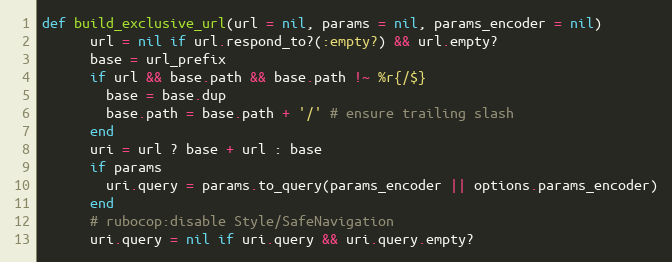
Language: Ruby
def build_exclusive_url(url = nil, params = nil, params_encoder = nil)
      url = nil if url.respond_to?(:empty?) && url.empty?
      base = url_prefix
      if url && base.path && base.path !~ %r{/$}
        base = base.dup
        base.path = base.path + '/' # ensure trailing slash
      end
      uri = url ? base + url : base
      if params
        uri.query = params.to_query(params_encoder || options.params_encoder)
      end
      # rubocop:disable Style/SafeNavigation
      uri.query = nil if uri.query && uri.query.empty?